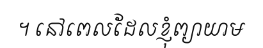
។ នៅពេលដែលខ្ញុំព្យាយាម